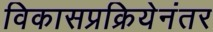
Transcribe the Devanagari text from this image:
विकासप्रक्रियेनंतर